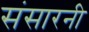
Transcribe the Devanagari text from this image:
संसारनी